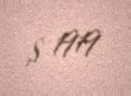
$ 1919